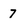
Character: 7